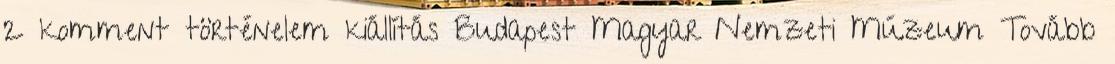
2 komment történelem kiállítás Budapest Magyar Nemzeti Múzeum Tovább